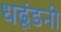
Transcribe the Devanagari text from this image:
धढूंडनी